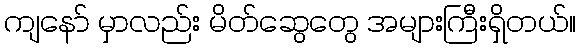
ကျနော် မှာလည်း မိတ်ဆွေတွေ အများကြီးရှိတယ်။